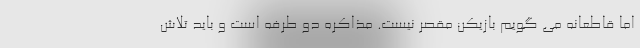
اما قاطعانه می گویم بازیکن مقصر نیست. مذاکره دو طرفه است و باید تلاش